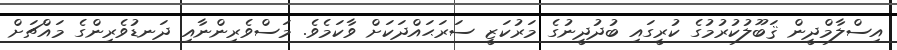
އިސްލާމްދީން ޤަބޫލުކުރުމުގެ ކުރީގައި ބުދުދީނުގެ މަރުކަޒީ ސަރަޙައްދަކަށް ވާކަމެވެ. މަސްވެރިންނާއި ދަނޑުވެރިންގެ މައްޗަށް